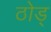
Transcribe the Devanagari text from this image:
ठोड्